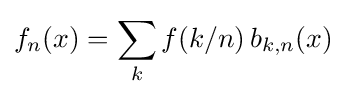
f_{n}(x)=\sum _{k}f(k/n)\,b_{k,n}(x)